Newspaper: Los Angeles daily herald. [volume]
Place of publication: Los Angeles [Calif.]
Publisher: Herald Print. Co.
Date: 1875-06-18 00:00:00
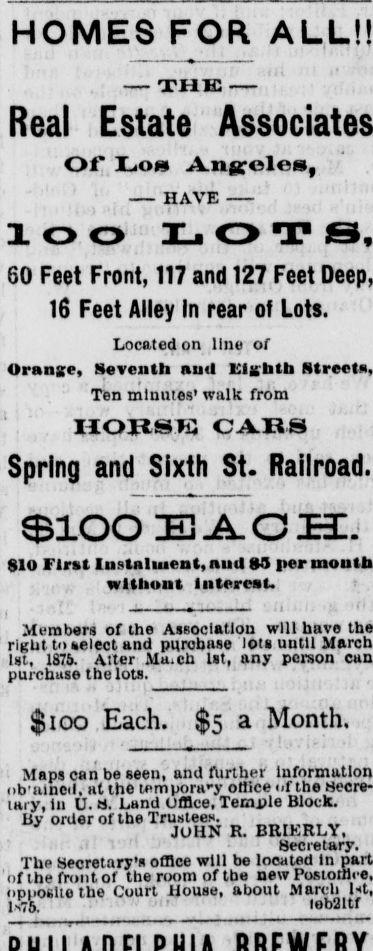
Label: text-only